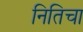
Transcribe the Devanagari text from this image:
नितिचा